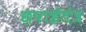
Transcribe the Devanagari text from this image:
छपाईतंत्र